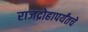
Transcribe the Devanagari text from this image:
राजद्रोहापर्यंतचे